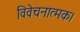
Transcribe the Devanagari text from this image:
विवेचनात्मक।